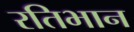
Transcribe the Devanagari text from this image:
रतिभान